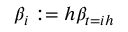
\beta _ { i } : = h \beta _ { t = i h }